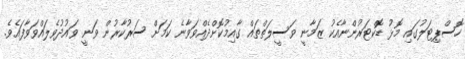
ހޮސްޕިޓަލުގައި މޮޅު ޑޮކްޓަރުންނާއެކު ޒަމާނީ ވަސީލަތްތައް ގާއިމުކޮށްދެއްވަވާނެ ކަމަށް ސަރުކާރުން ވަނީ ވައުދުވެލައްވަވާފައެވެ.